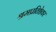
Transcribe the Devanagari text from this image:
श्रमप्रतिष्ठेवर